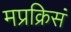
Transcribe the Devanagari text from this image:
मप्रक्रिसं